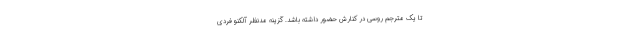
تا یک مترجم روسی در کنارش حضور داشته باشد. گزینه مدنظر آلکنو فردی